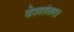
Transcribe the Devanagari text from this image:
देशांतर।